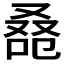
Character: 𠭚